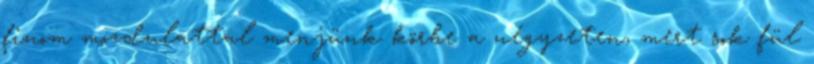
finom mozdulattal menjünk körbe a négyzeten, mert sok fül